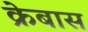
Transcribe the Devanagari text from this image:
क्रेबास